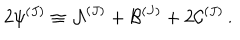
LaTeX: 2 { \psi } ^ { ( J ) } \equiv { \cal { A } } ^ { ( J ) } + { \cal { B } } ^ { ( J ) } + 2 { \cal { C } } ^ { ( J ) } \, .